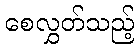
စေလွှတ်သည့်